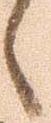
候